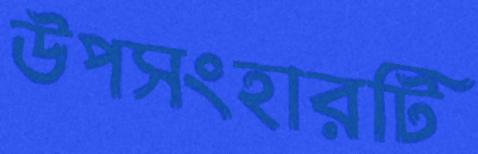
উপসংহারটি